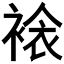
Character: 𧛄